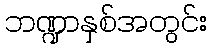
ဘဏ္ဍာနှစ်အတွင်း